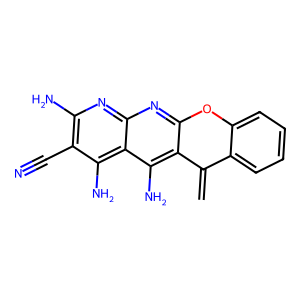
SMILES: C=C1c2ccccc2Oc2nc3nc(N)c(C#N)c(N)c3c(N)c21
Inhibits HIV replication: No